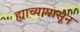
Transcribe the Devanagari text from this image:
ह्याच्यापासून